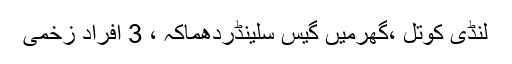
لنڈی کوتل ،گھرمیں گیس سلینڈردھماکہ ، 3 افراد زخمی